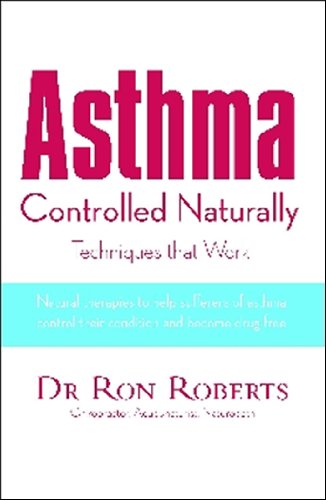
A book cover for Asthma Controlled Naturally (No Series); Dr. Ron Roberts; Health, Fitness & Dieting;